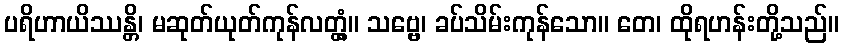
ပရိဟာယိဿန္တိ၊ မဆုတ်ယုတ်ကုန်လတ္တံ့။ သဗ္ဗေ၊ ခပ်သိမ်းကုန်သော။ တေ၊ ထိုရဟန်းတို့သည်။